Lock hospitals Punjab
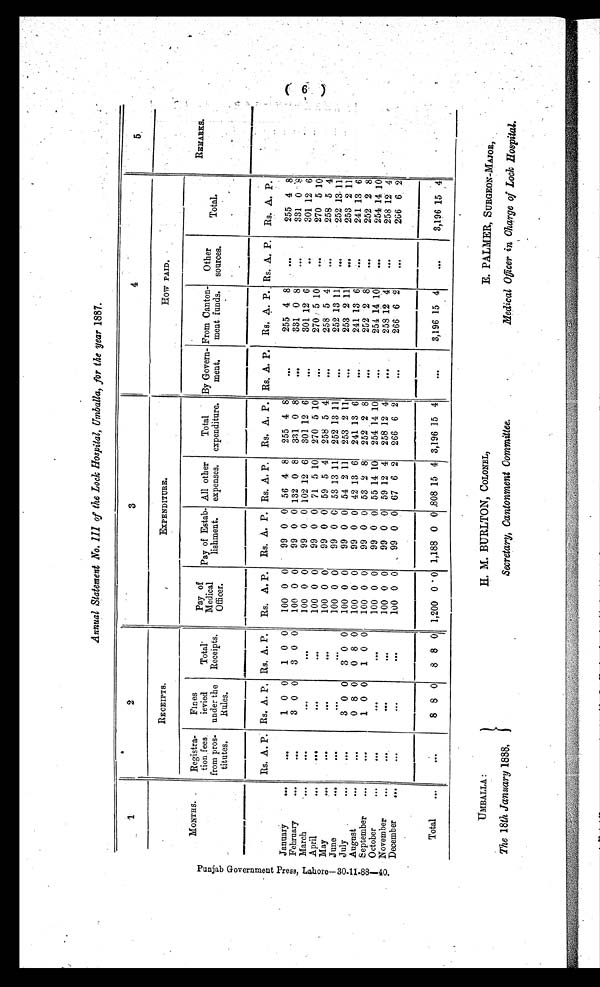
Annual Statement No. III of the Lock Hospital, Umballa, for the year 1887.
P u n j a b G o v e r n m e n t P r e s s , L a h o r e — 3 0 - 1 1 - 8 8 — 4 0 .
1
2
3
4
5
MONTHS.
R E C E I P T S .
EXPENDITURE.
H O W P A I D .
REMARKS.
Registra-
tion fees
from pros-
titues.
Fines
ievied
under the
Rules.
Total
Receipts.
Pay of
Medical
Officer.
Pay of Estab-
lishment.
All other
expenses.
Total
expenditure.
By Govern-
ment .
From Canton-
ment funds.
Other
sources.
Total.
Rs. A. P. Rs. A. P. Rs. A. P. Rs. A. P. Rs. A. P. Rs. A. P. Rs. A. P. Rs. A. P. Rs. A. P., Rs. A. P. Rs. A. P.
January
...
. . .
1 0 0 1 0 0 100 0 0
99 0 0 56 4 8 255 4 8
...
255 4 8
. . .
255 4 8
February
...
. . .
3 0 0 3 0 0 100 0 0
99 0 0 132 0 8 331 0 8
. . . 331 0 8
. .
331 0 8
March
. . .
. . .
. . .
. . .
100 0 0
99 0 0 102 12 6 301 12 6
...
301 12 6
. . .
301 12 6
April
. . .
. . .
. . .
. . .
100 0 0
99 0 0 71 5 10 270 5 10
...
270 5 10
. . .
270 5 10
May
. . .
. . .
. . .
. . .
100 0 0
99 0 0 59 5 4 258 5 4
...
258 5 4
. . .
258 5 4
June
. . .
. . .
. . .
. . .
100 0 0
99 0 0 53 13 11 252 13 11
. . . 252 13 11
. . .
252 13 11
July
. . .
. . .
3 0 0 3 0 0 100 0 0
99 0 0 54 2 11 253 2 11
...
253 2 11
...
253 2 11
August
. . .
. . .
0 8 0 0 8 0 100 0 0
99 0 0 42 13 6 241 13 6
...
241 13 6
...
241 13 6
September
. . .
. . .
1 0 0 1 0 0 100 0 0
99 0 0 53 2 8 252 2 8
. . . 252 2 8
. . .
252 2 8
October
. . .
. . .
. . .
. . . 100 0 0
99 0 0 55 14 10 254 14 10
. . .
2 5 5 14 10 . . .
254 14 10
November
. . .
. . .
. . .
. . .
100 0 0
99 0 0 59 12 4 258 12 4
...
258 12 4
...
258 12 4
December
. . .
. . .
. . .
. . .
100 0 0
99 0 0 67 6 2 266 6 2
. . . 266 6 2
. . .
266 6 2
Total
. . .
. . .
8 8 0 8 8 0 1,200 0 0 1,188 0 0 808 15 4 3,196 15 4
...
3,196 15 4
...
3,196 15 4
UMBALLA:
The 18th January 1888.
H. M. BURTON, COLONEL,
Secretary, Cantonment Committee.
E. PALMER, SURGEON-MAJOR,
Medical Officer in Charge of Lock Hospital.